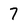
Character: 7